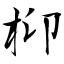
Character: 枊